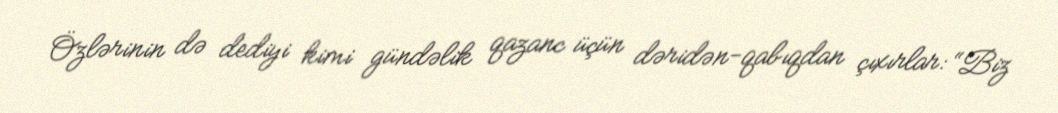
Özlərinin də dediyi kimi gündəlik qazanc üçün dəridən-qabıqdan çıxırlar: “Biz